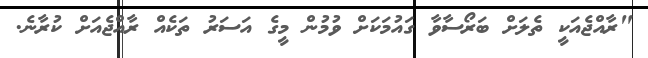
"ރާއްޖެއަކީ ތެލަށް ބަރޯސާވާ ގައުމަކަށް ވުމުން މީގެ އަސަރު ތަކެއް ރާއްޖެއަށް ކުރާނެ.